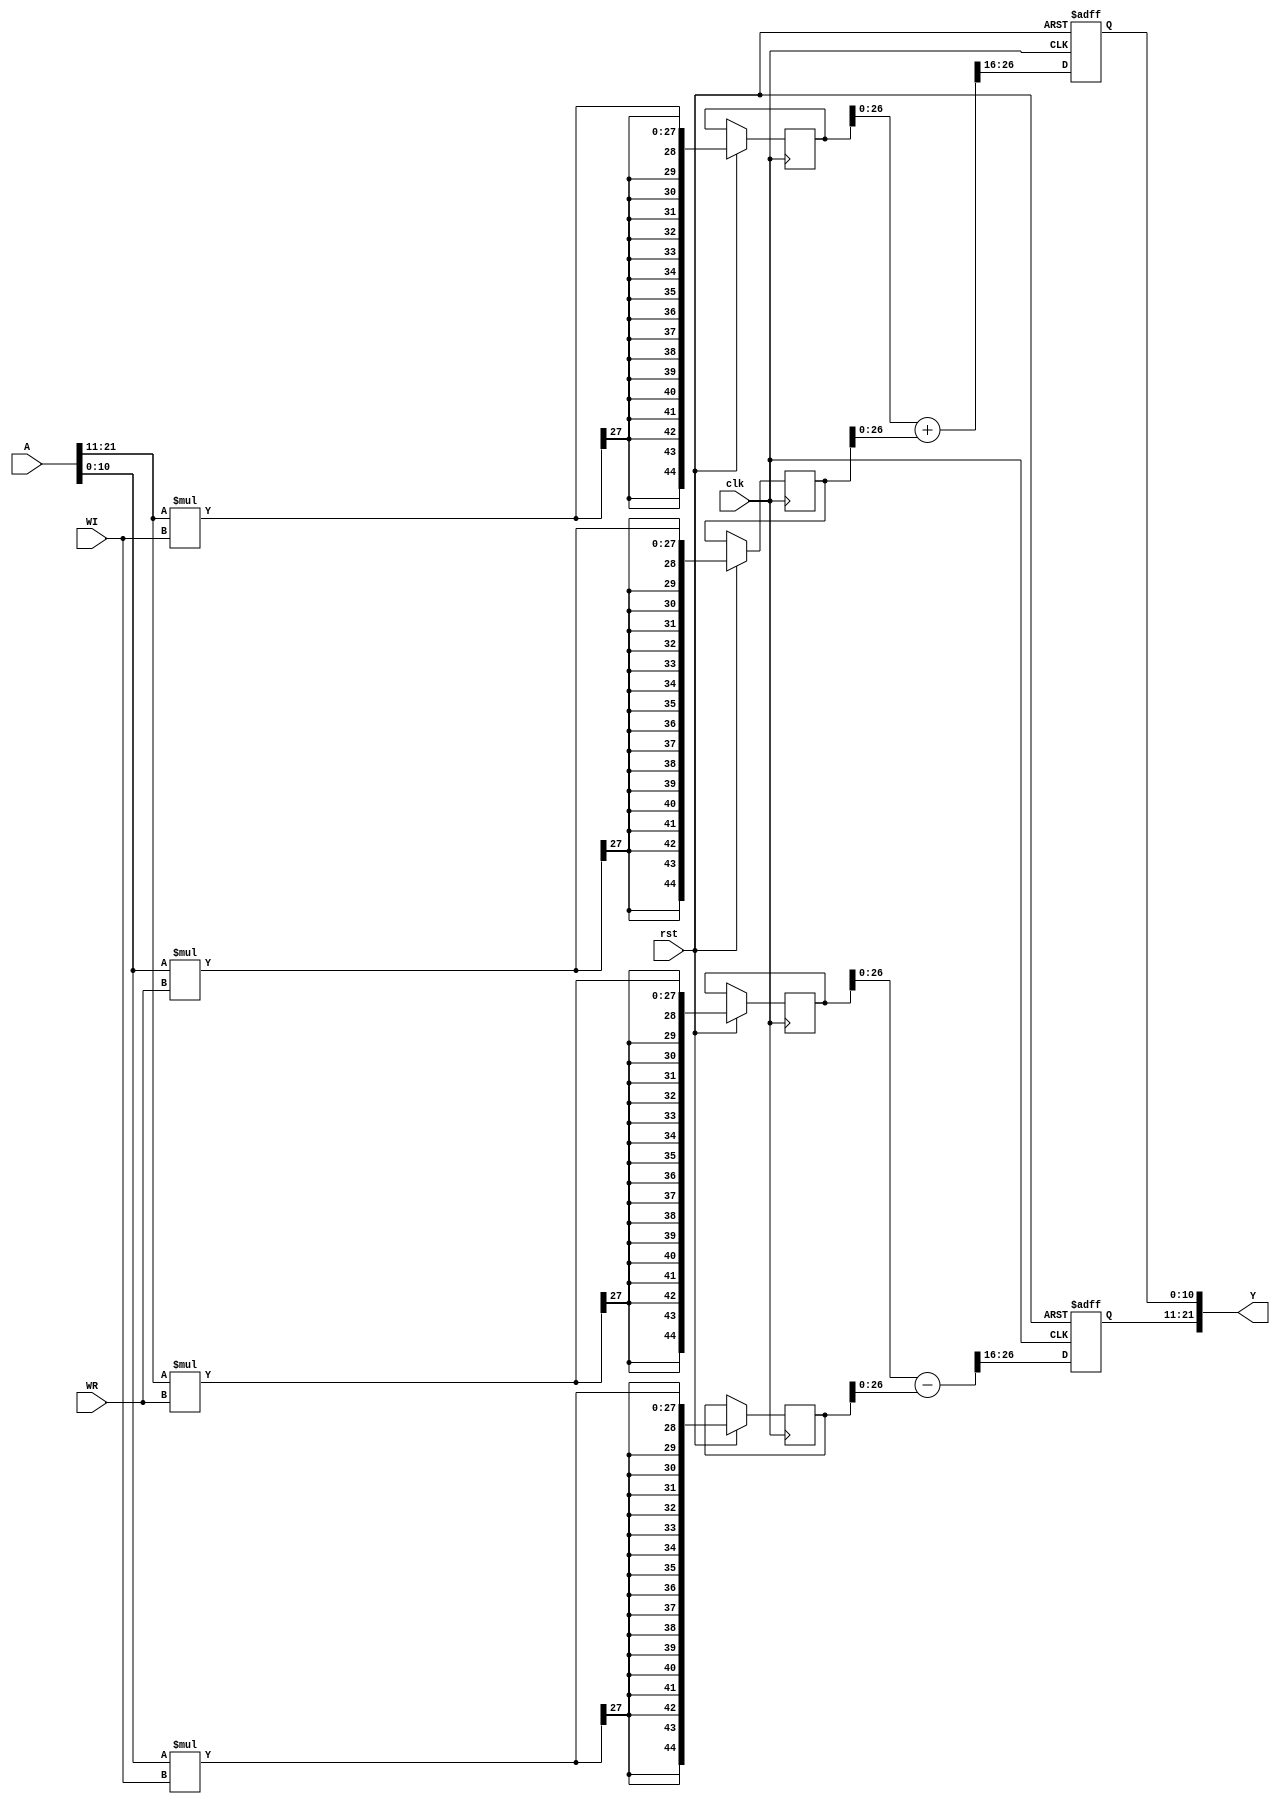
module twiddler(
                input         clk,rst,
                input [21:0]  A,
                output [21:0] Y,
                input signed [16:0] WR,WI
                );


   wire signed [10:0]        AR;
   wire signed [10:0]        AI;
   reg signed [10:0]         YR;
   reg signed [10:0]         YI;

   reg signed [44:0]         YR1,YR2,YI1,YI2;
          
   
   assign {AR, AI} = A;
   assign Y = {YR, YI}; 
   
   always@(posedge clk or negedge rst) begin
      if(!rst) begin
         YR <= 0;
         YI <= 0;
      end
      else begin
         YR1 <= AR * WR;
         YR2 <= AI * WI;
         YI1 <= AR * WI;
         YI2 <= AI * WR;
         YR <= (YR1 - YR2)>>16;
         YI <= (YI1 + YI2)>>16;
         
      end
   end

endmodule // twiddler